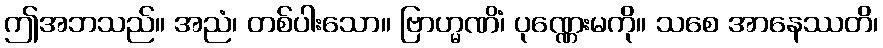
ဤအဘသည်။ အညံ၊ တစ်ပါးသော။ ဗြာဟ္မဏိံ၊ ပုဏ္ဏေးမကို။ သစေ အာနေဿတိ၊